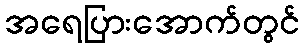
အရေပြားအောက်တွင်